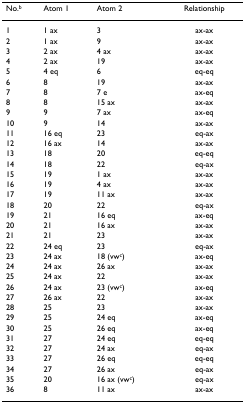
<table><thead><tr><td><b>No.<sup>b</sup></b></td><td><b>Atom 1</b></td><td><b>Atom 2</b></td><td><b>Relationship</b></td></tr></thead><tbody><tr><td>1</td><td>1 ax</td><td>3</td><td>ax-ax</td></tr><tr><td>2</td><td>1 ax</td><td>9</td><td>ax-ax</td></tr><tr><td>3</td><td>2 ax</td><td>4 ax</td><td>ax-ax</td></tr><tr><td>4</td><td>2 ax</td><td>19</td><td>ax-ax</td></tr><tr><td>5</td><td>4 eq</td><td>6</td><td>eq-eq</td></tr><tr><td>6</td><td>8</td><td>19</td><td>ax-ax</td></tr><tr><td>7</td><td>8</td><td>7 e</td><td>ax-eq</td></tr><tr><td>8</td><td>8</td><td>15 ax</td><td>ax-ax</td></tr><tr><td>9</td><td>9</td><td>7 ax</td><td>ax-eq</td></tr><tr><td>10</td><td>9</td><td>14</td><td>ax-ax</td></tr><tr><td>11</td><td>16 eq</td><td>23</td><td>eq-ax</td></tr><tr><td>12</td><td>16 ax</td><td>14</td><td>ax-ax</td></tr><tr><td>13</td><td>18</td><td>20</td><td>eq-eq</td></tr><tr><td>14</td><td>18</td><td>22</td><td>eq-ax</td></tr><tr><td>15</td><td>19</td><td>1 ax</td><td>ax-ax</td></tr><tr><td>16</td><td>19</td><td>4 ax</td><td>ax-ax</td></tr><tr><td>17</td><td>19</td><td>11 ax</td><td>ax-ax</td></tr><tr><td>18</td><td>20</td><td>22</td><td>eq-ax</td></tr><tr><td>19</td><td>21</td><td>16 eq</td><td>ax-eq</td></tr><tr><td>20</td><td>21</td><td>16 ax</td><td>ax-ax</td></tr><tr><td>21</td><td>21</td><td>23</td><td>ax-ax</td></tr><tr><td>22</td><td>24 eq</td><td>23</td><td>eq-ax</td></tr><tr><td>23</td><td>24 ax</td><td>18 (vw<sup>c</sup>)</td><td>ax-eq</td></tr><tr><td>24</td><td>24 ax</td><td>26 ax</td><td>ax-ax</td></tr><tr><td>25</td><td>24 ax</td><td>22</td><td>ax-ax</td></tr><tr><td>26</td><td>24 ax</td><td>23 (vw<sup>c</sup>)</td><td>ax-eq</td></tr><tr><td>27</td><td>26 ax</td><td>22</td><td>ax-ax</td></tr><tr><td>28</td><td>25</td><td>23</td><td>ax-ax</td></tr><tr><td>29</td><td>25</td><td>24 eq</td><td>ax-eq</td></tr><tr><td>30</td><td>25</td><td>26 eq</td><td>ax-eq</td></tr><tr><td>31</td><td>27</td><td>24 eq</td><td>eq-eq</td></tr><tr><td>32</td><td>27</td><td>24 ax</td><td>eq-ax</td></tr><tr><td>33</td><td>27</td><td>26 eq</td><td>eq-eq</td></tr><tr><td>34</td><td>27</td><td>26 ax</td><td>eq-ax</td></tr><tr><td>35</td><td>20</td><td>16 ax (vw<sup>c</sup>)</td><td>eq-ax</td></tr><tr><td>36</td><td>8</td><td>11 ax</td><td>ax-ax</td></tr></tbody></table>